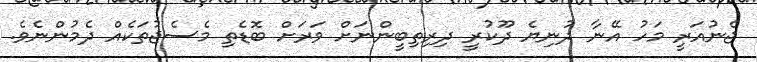
ޖެނުއަރީ މަހު އޭނާ ދުނިޔެ ދޫކުރީ ދިރިތިބީންނަށް ވަރަށް ބޮޑެތި މެސެޖުތަކެއް ދެމުންނެވެ.